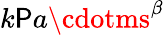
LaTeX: k\mathsf{P}a\cdotms^{\beta}